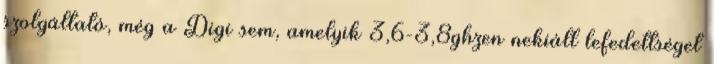
szolgáltató, még a Digi sem, amelyik 3,6-3,8ghzen nekiáll lefedettséget